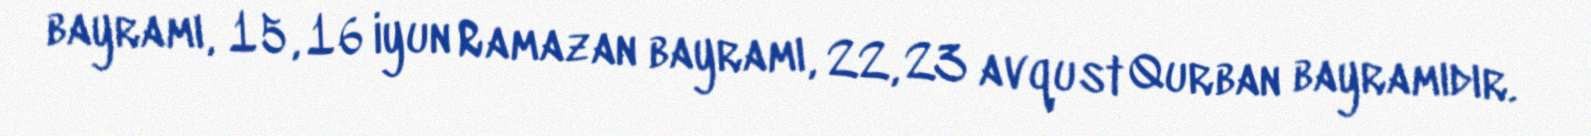
bayramı, 15, 16 iyun Ramazan bayramı, 22, 23 avqust Qurban bayramıdır.